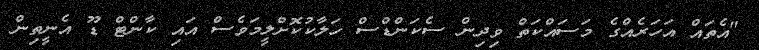
"އެތައް އަހަރެއްގެ މަސައްކަތް ވިދިން ސެކަންޑްސް ހަލާކުކޮށްލީމަވެސް އައި ކާންޓް ޑޫ އެނީތިން